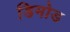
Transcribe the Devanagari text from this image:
डिमोड